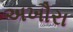
અખૌરા